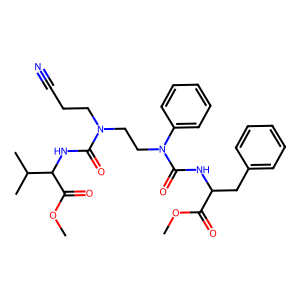
SMILES: COC(=O)C(Cc1ccccc1)NC(=O)N(CCN(CCC#N)C(=O)NC(C(=O)OC)C(C)C)c1ccccc1
Inhibits HIV replication: No